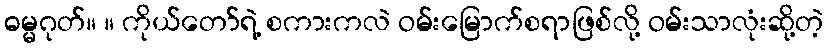
ဓမ္မဂုတ်။ ။ ကိုယ်တော်ရဲ့ စကားကလဲ ဝမ်းမြောက်စရာဖြစ်လို့ ဝမ်းသာလုံးဆို့တဲ့